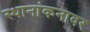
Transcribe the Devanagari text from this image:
स्थानांकनावर